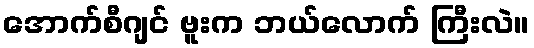
အောက်စီဂျင် ဗူးက ဘယ်လောက် ကြီးလဲ။